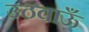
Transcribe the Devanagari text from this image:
उठवाऊँ